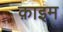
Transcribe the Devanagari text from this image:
क़ाइम